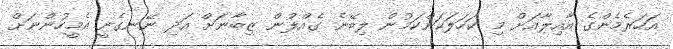
އަހަރެމެންގެ އާއިލާއަށް މި ކަހަލަކަންކަމުން ލިބޭނެ ގެއްލުން ޒިބާނަށް އަދި ނޭނގެނީ އެމީހުންނަށް